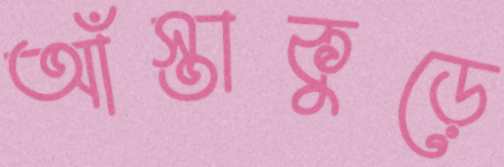
আঁস্তাকুড়ে